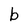
Character: b